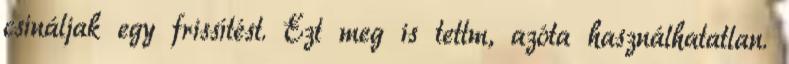
csináljak egy frissítést. Ezt meg is tettm, azóta használhatatlan.